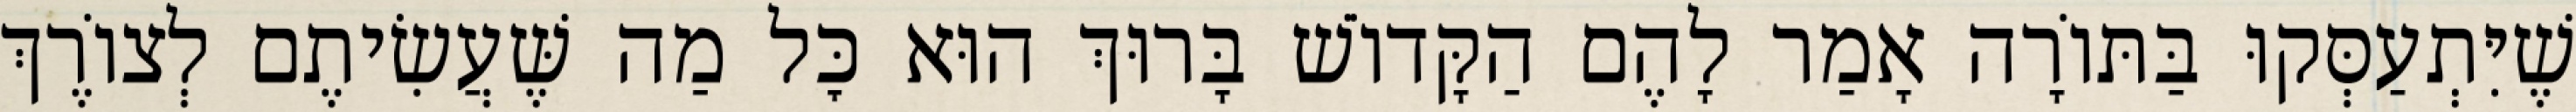
שֶׁיִּתְעַסְּקוּ בַּתּוֹרָה אָמַר לָהֶם הַקָּדוֹשׁ בָּרוּךְ הוּא כׇּל מַה שֶּׁעֲשִׂיתֶם לְצוֹרֶךְ